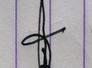
Signature authenticity: genuine